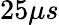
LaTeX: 25\mu s